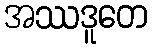
အဿဒူတေ